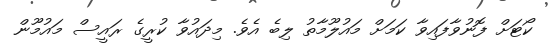
ކޯޓަށް ފޮނުވާފައިވާ ކަމަށް މައުލޫމާތު ލިބެ އެވެ. މިދައުވާ ކުރީގެ ރައީސް މައުމޫން